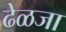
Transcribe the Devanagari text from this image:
ढेळजा